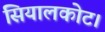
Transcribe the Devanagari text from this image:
सियालकोट।